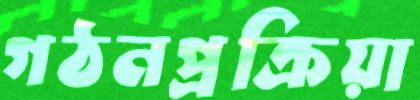
গঠনপ্রক্রিয়া